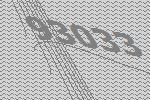
93033